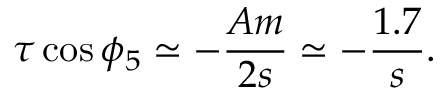
\tau \cos \phi _ { 5 } \simeq - \frac { A m } { 2 s } \simeq - \frac { 1 . 7 } { s } .